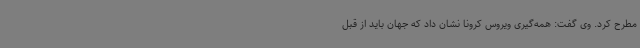
مطرح کرد. وی گفت: همه‌گیری ویروس کرونا نشان داد که جهان باید از قبل